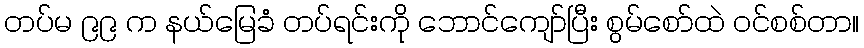
တပ်မ ၉၉ က နယ်မြေခံ တပ်ရင်းကို ဘောင်ကျော်ပြီး စွမ်စော်ထဲ ဝင်စစ်တာ။